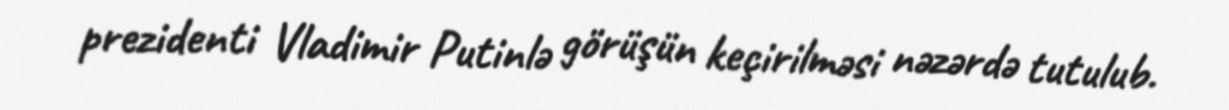
prezidenti Vladimir Putinlə görüşün keçirilməsi nəzərdə tutulub.